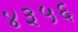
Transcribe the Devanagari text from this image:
४३५६